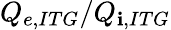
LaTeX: Q_{e,ITG}/Q_{\mathbf{i},ITG}